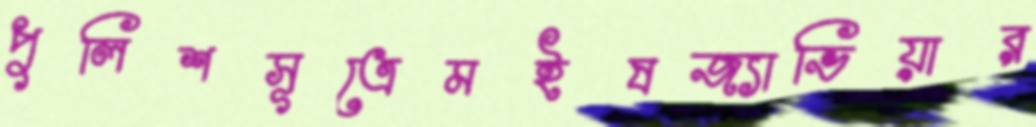
পুলিশসূত্রেমইষজ্যাভিয়ার